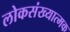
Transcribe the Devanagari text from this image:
लोकसंख्यात्मक